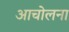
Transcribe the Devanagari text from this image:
आचोलना